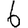
Digit: 6